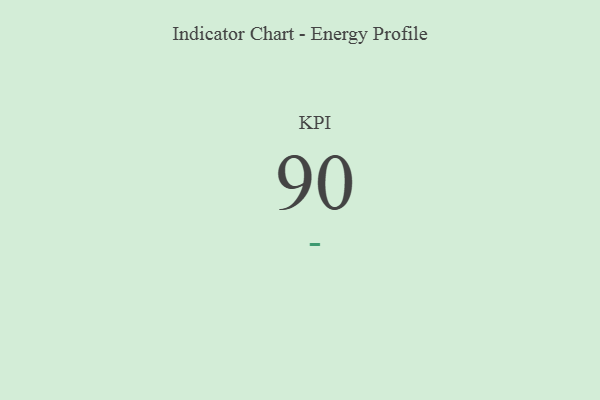
{"axis": {"x": "KPI", "y": "Value"}, "legend": [""], "data": [{"x": "KPI", "y": 90, "type": ""}]}